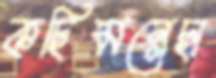
কছিমন্নেছা